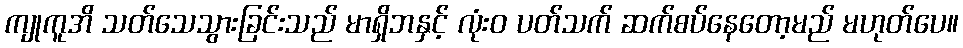
ကျုကူအိ သတ်သေသွားခြင်းသည် မာရှိဘနှင့် လုံးဝ ပတ်သက် ဆက်စပ်နေတော့မည် မဟုတ်ပေ။